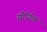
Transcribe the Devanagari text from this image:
सौर्यिक